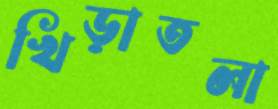
খিড়াতলা